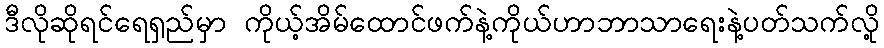
ဒီလိုဆိုရင်ရေရှည်မှာ ကိုယ့်အိမ်ထောင်ဖက်နဲ့ကိုယ်ဟာဘာသာရေးနဲ့ပတ်သက်လို့